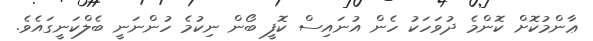
ޢާންމުކޮށް ކޮންމެ ދުވަހަކު ހެން އުނައިސް ކޮފީ ބޯން ނިކުމެ ހުންނަނީ ބެލްކަނީގައެވެ.